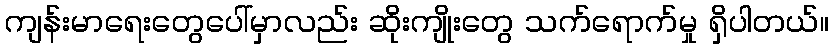
ကျန်းမာရေးတွေပေါ်မှာလည်း ဆိုးကျိုးတွေ သက်ရောက်မှု ရှိပါတယ်။